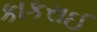
કાકરાઈ